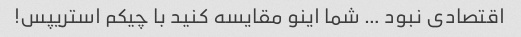
اقتصادی نبود … شما اینو مقایسه کنید با چیکم استریپس!